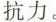
抗力。